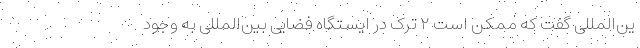
ین‌المللی گفت که ممکن است ۲ ترک در ایستگاه فضایی بین‌المللی به وجود